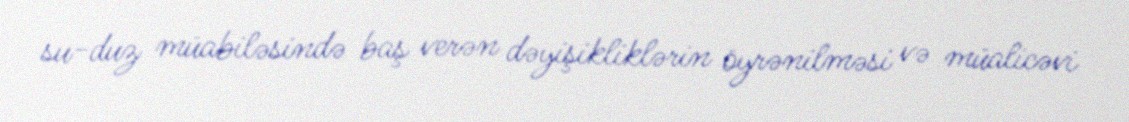
su-duz müabiləsində baş verən dəyişikliklərin öyrənilməsi və müalicəvi